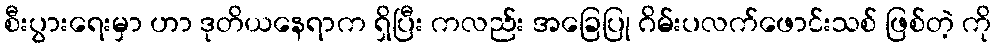
စီးပွားရေးမှာ ဟာ ဒုတိယနေရာက ရှိပြီး ကလည်း အခြေပြု ဂိမ်းပလက်ဖောင်းသစ် ဖြစ်တဲ့ ကို